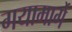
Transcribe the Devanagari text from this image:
गयामार्गे